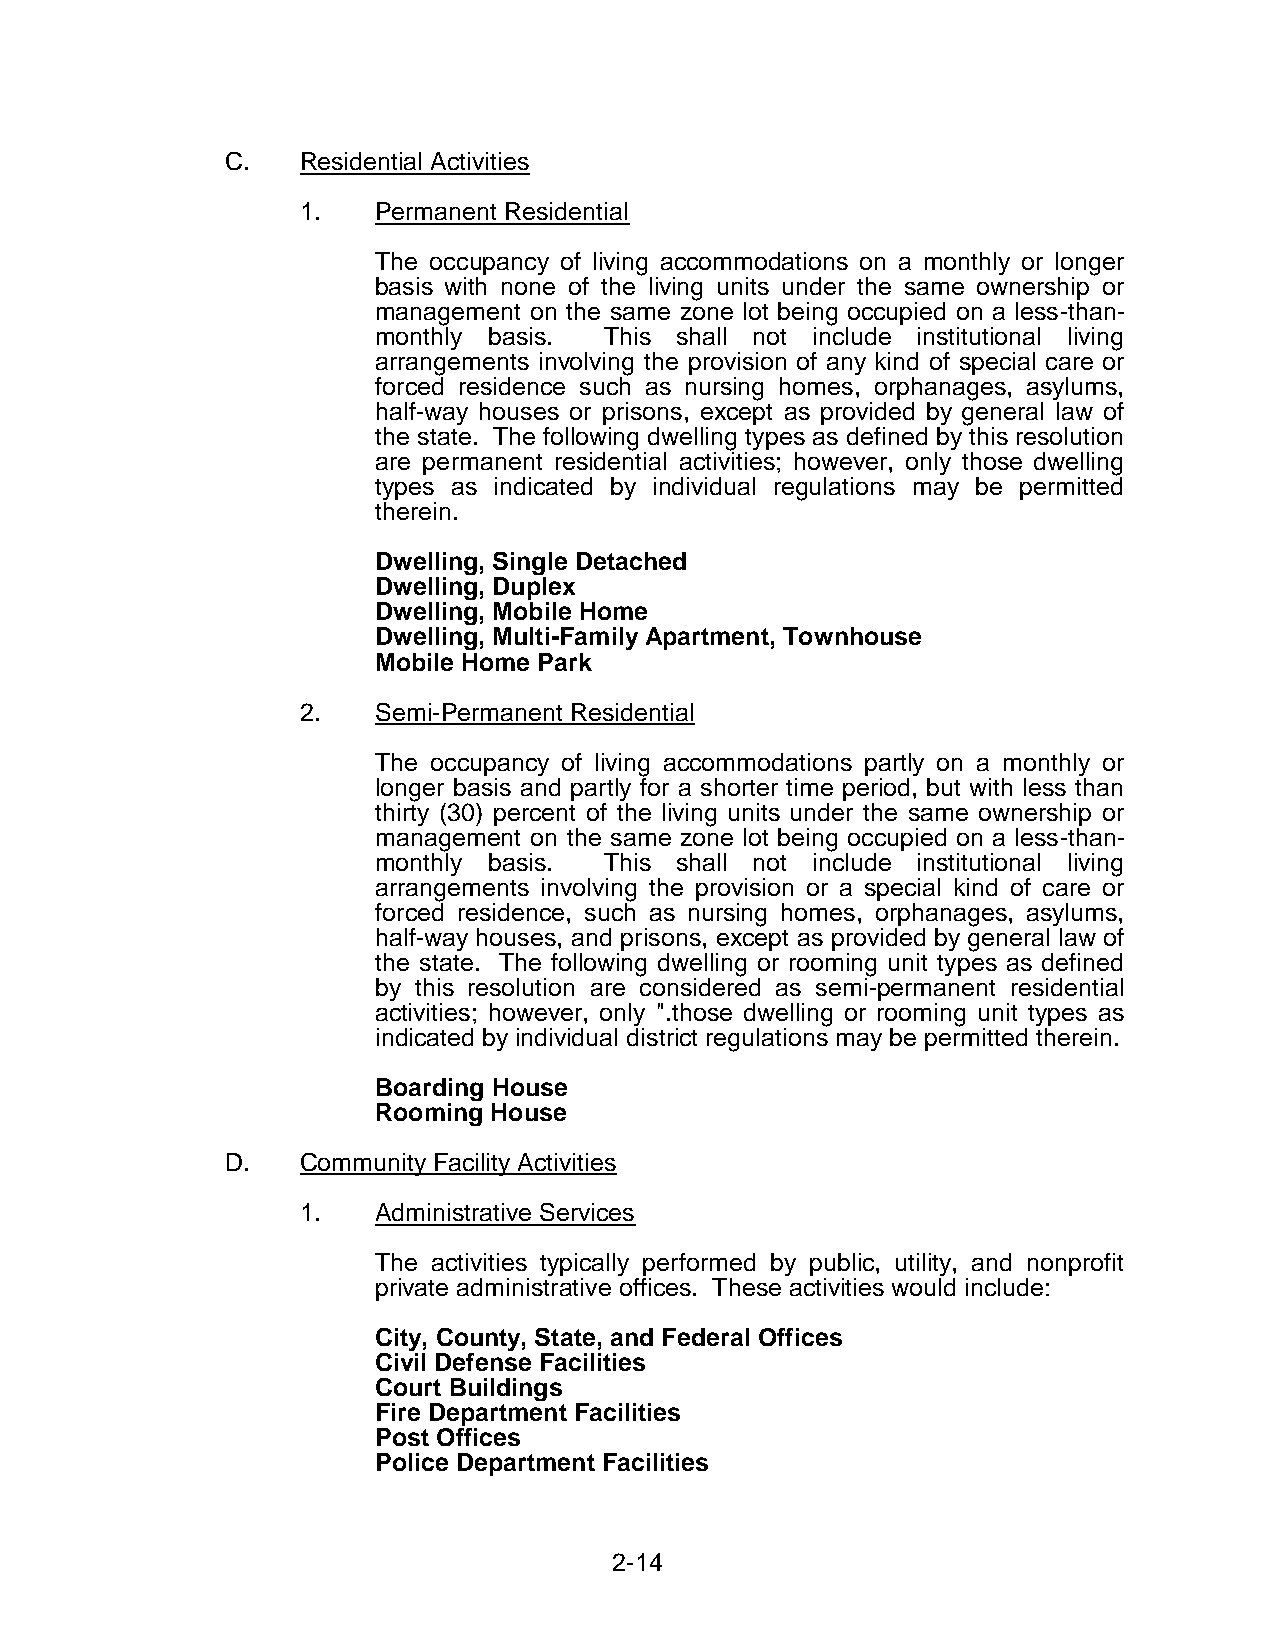
C.   Residential Activities
 1.   Permanent Residential
 The occupancy of living accommodations on a monthly or longer
 basis with none of the living units under the same ownership or
 management on the same zone lot being occupied on a less-than-
 monthly basis. This shall not include institutional living
 arrangements involving the provision of any kind of special care or
 forced residence such as nursing homes, orphanages, asylums,
 half-way houses or prisons, except as provided by general law of
 the state. The following dwelling types as defined by this resolution
 are permanent residential activities; however, only those dwelling
 types as indicated by individual regulations may be permitted
 therein.
 Dwelling, Single Detached
 Dwelling, Duplex
 Dwelling, Mobile Home
 Dwelling, Multi-Family Apartment, Townhouse
 Mobile Home Park
 2.   Semi-Permanent Residential
 The occupancy of living accommodations partly on a monthly or
 longer basis and partly for a shorter time period, but with less than
 thirty (30) percent of the living units under the same ownership or
 management on the same zone lot being occupied on a less-than-
 monthly basis. This shall not include institutional living
 arrangements involving the provision or a special kind of care or
 forced residence, such as nursing homes, orphanages, asylums,
 half-way houses, and prisons, except as provided by general law of
 the state. The following dwelling or rooming unit types as defined
 by this resolution are considered as semi-permanent residential
 activities; however, only ".those dwelling or rooming unit types as
 indicated by individual district regulations may be permitted therein.
 Boarding House
 Rooming House
 D.   Community Facility Activities
 1.   Administrative Services
 The activities typically performed by public, utility, and nonprofit
 private administrative offices. These activities would include:
 City, County, State, and Federal Offices
 Civil Defense Facilities
 Court Buildings
 Fire Department Facilities
 Post Offices
 Police Department Facilities
 2-14